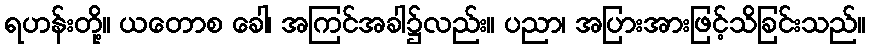
ရဟန်းတို့။ ယတောစ ခေါ၊ အကြင်အခါ၌လည်း။ ပညာ၊ အပြားအားဖြင့်သိခြင်းသည်။